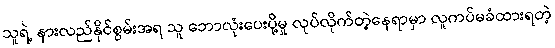
သူရဲ့ နားလည်နိုင်စွမ်းအရ သူ ဘောလုံးပေးပို့မှု လုပ်လိုက်တဲ့နေရာမှာ လူကပ်မခံထားရတဲ့